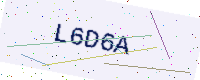
Text: L6D6A